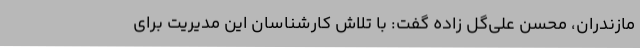
مازندران، محسن علی‌گل زاده گفت: با تلاش کارشناسان این مدیریت برای